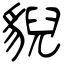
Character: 貎